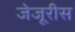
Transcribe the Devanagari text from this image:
जेजूरीस